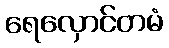
ရေလှောင်တမံ